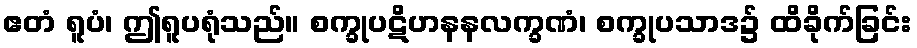
ဧတံ ရူပံ၊ ဤရူပရုံသည်။ စက္ခုပဋိဟနနလက္ခဏံ၊ စက္ခုပသာဒ၌ ထိခိုက်ခြင်း